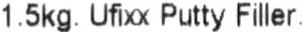
1.5KG. UFIXX PUTTY FILLER.